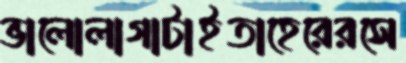
ভালোলাগাটাইতাহেরেরসে